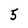
Character: 5